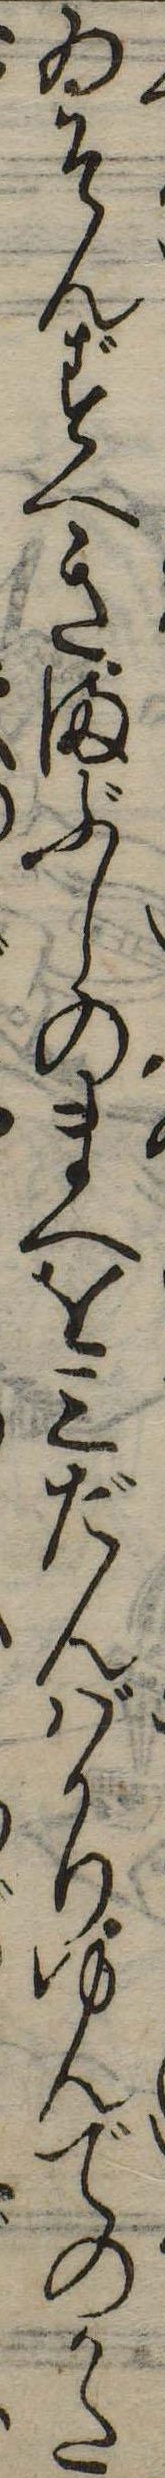
ゐそんずへきまぶしのまへを三だんばかりゆんでのかた